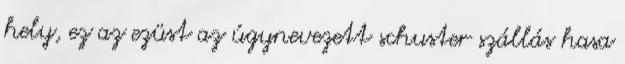
hely, ez az ezüst az úgynevezett schuster szállás hasa